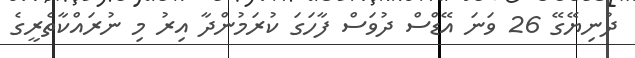
ދުނިޔޭގޭ 26 ވަނަ އޭޑްސް ދުވަސް ފާހަގަ ކުރަމުންދާ އިރު މި ނުރައްކާތެރީގެ